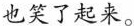
也笑了起来。